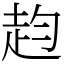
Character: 赹